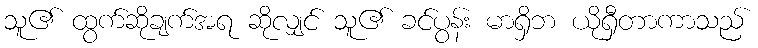
သူ၏ ထွက်ဆိုချက်အရ ဆိုလျှင် သူ၏ ခင်ပွန်း မာရှိဘ ယိုရှီတာကာသည်